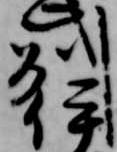
州